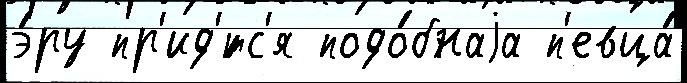
э́ру пр'ид'́тс'я подо́бнаjа п'евца́